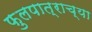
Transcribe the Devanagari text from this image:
फुलपात्राच्या